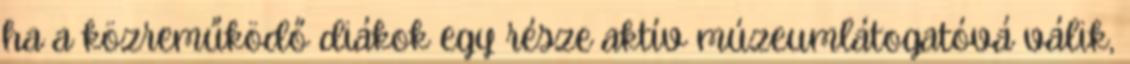
ha a közreműködő diákok egy része aktív múzeumlátogatóvá válik,